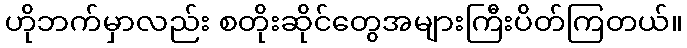
ဟိုဘက်မှာလည်း စတိုးဆိုင်တွေအများကြီးပိတ်ကြတယ်။